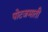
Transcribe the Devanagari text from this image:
पोटजमाती